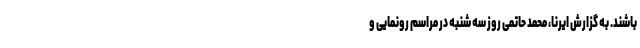
باشند. به گزارش ایرنا، محمد حاتمی روز سه شنبه در مراسم رونمایی و